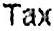
TAX